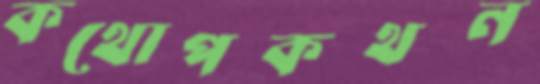
কথোপকথন